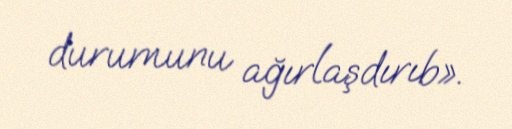
durumunu ağırlaşdırıb».